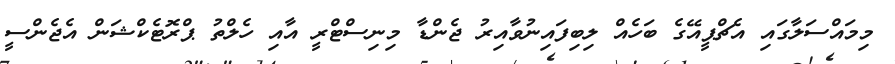
މިމައްސަލާގައި އެޗްޕީއޭގެ ބަހެއް ލިބިފައިނުވާއިރު ޖެންޑާ މިނިސްޓްރީ އާއި ހެލްތު ޕްރޮޓެކްޝަން އެޖެންސީ